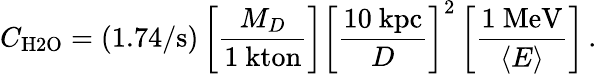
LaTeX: C_{\mathrm{H2O}}=(1.74/\mathrm{s})\left[\frac{M_{D}}{1\mathrm{\ kton}}\right]\left[\frac{10\mathrm{\ kpc}}{D}\right]^{2}\left[\frac{1\mathrm{\ MeV}}{\langle E\rangle}\right]\, .